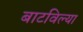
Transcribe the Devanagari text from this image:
बाटविल्या